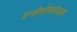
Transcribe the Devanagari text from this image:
त्रन्सेसोफगेअल